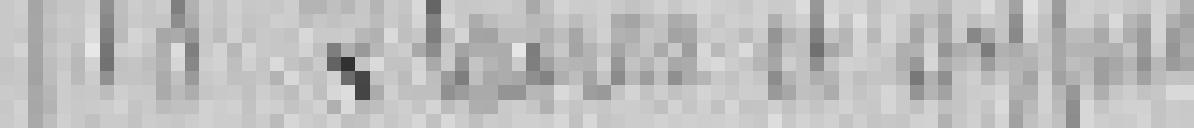
18. Plâtres et gypse